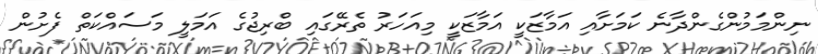
ނިންމަމުންގެންދާނެ ކަމަށާއި އަމާޒަކީ އަމާޒަކީ މިއަހަރު ތެރޭގައި ބްރިޖުގެ އަމަލީ މަސައްކަތް ފެށުން